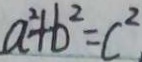
a ^ { 2 } + b ^ { 2 } = c ^ { 2 }